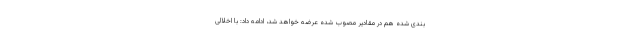
بندی شده هم در مقادیر مصوب شده عرضه خواهد شد، ادامه داد: با اخلالی